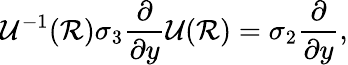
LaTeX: \mathcal{U}^{-1}(\mathcal{R})\sigma_{3}\frac{\partial}{\partial y}\mathcal{U}(\mathcal{R})=\sigma_{2}\frac{\partial}{\partial y},